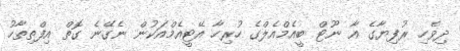
ދިވެހި ރުފިޔާގެ އާ ނޫޓް ބީއެމްއެލްގެ ހުރިހާ އޭޓީއެމްއަކުން ނެގޭނެ ގޮތް އިފްތިތާހު